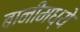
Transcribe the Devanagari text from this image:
बानीमध्ये